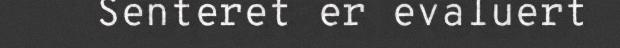
Senteret er evaluert